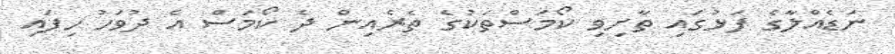
ނަޑެއްލާގެ ފަޅުގައި ތާށިވި ކޯމަސްތަކުގެ ތެރެއިން ދެ ކޯމަސް އެ ދުވަހު ހިފައި